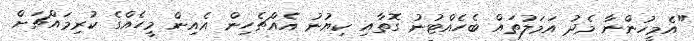
"އެމީހުންނާ މެދު އަމަލުތައް ބެހެއްޓުނު ގޮތާއި ކިޔުނު އެއްޗެހިން އެއިން މީހެއްގެ ކުރިމައްޗަށް